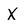
Character: x